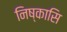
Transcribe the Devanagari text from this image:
निष्कासि